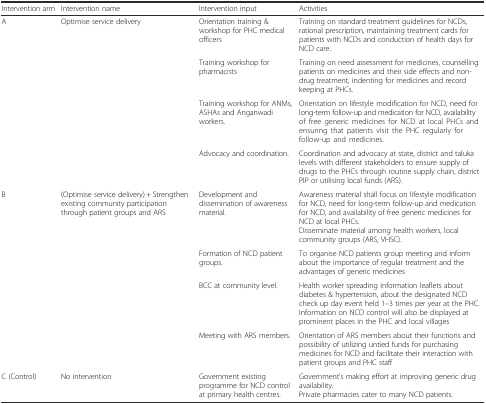
| Intervention arm | Intervention name | Intervention input | Activities |
 | --- | --- | --- | --- |
 | <ROWSPAN=4> A | <ROWSPAN=4> Optimise service delivery | Orientation training & workshop for PHC medical officers | Training on standard treatment guidelines for NCDs, rational prescription, maintaining treatment cards for patients with NCDs and conduction of health days for NCD care. |
 | Training workshop for pharmacists | Training on need assessment for medicines, counselling patients on medicines and their side effects and non- drug treatment, indenting for medicines and record keeping at PHCs. |
 | Training workshop for ANMs, ASHAs and Anganwadi workers. | Orientation on lifestyle modification for NCD, need for long-term follow-up and medication for NCD, availability of free generic medicines for NCD at local PHCs and ensuring that patients visit the PHC regularly for follow-up and medicines. |
 | Advocacy and coordination. | Coordination and advocacy at state, district and taluka levels with different stakeholders to ensure supply of drugs to the PHCs through routine supply chain, district PIP or utilising local funds (ARS). |
 | <ROWSPAN=4> B | <ROWSPAN=4> (Optimise service delivery) + Strengthen existing community participation through patient groups and ARS | Development and dissemination of awareness material. | Awareness material shall focus on lifestyle modification for NCD, need for long-term follow-up and medication for NCD, and availability of free generic medicines for NCD at local PHCs.Disseminate material among health workers, local community groups (ARS, VHSC). |
 | Formation of NCD patient groups. | To organise NCD patients group meeting and inform about the importance of regular treatment and the advantages of generic medicines |
 | BCC at community level. | Health worker spreading information leaflets about diabetes & hypertension, about the designated NCD check up day event held 1–3 times per year at the PHC. Information on NCD control will also be displayed at prominent places in the PHC and local villages |
 | Meeting with ARS members. | Orientation of ARS members about their functions and possibility of utilizing untied funds for purchasing medicines for NCD and facilitate their interaction with patient groups and PHC staff |
 | C (Control) | No intervention | Government existing programme for NCD control at primary health centres. | Government’s making effort at improving generic drug availability.Private pharmacies cater to many NCD patients. |